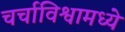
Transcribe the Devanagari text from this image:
चर्चाविश्वामध्ये